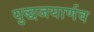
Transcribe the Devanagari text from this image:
युद्धजयार्णव